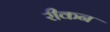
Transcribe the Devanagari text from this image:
रीकन